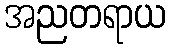
အညတရာယ